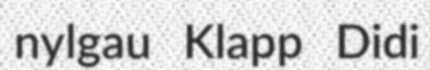
nylgau Klapp Didi